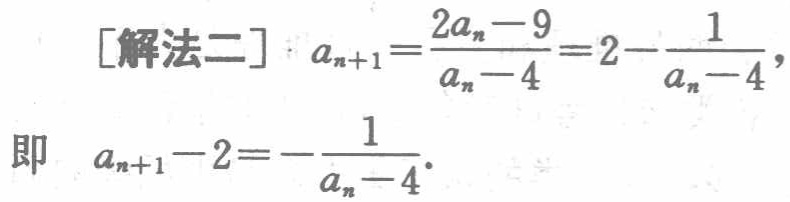
[解法二] \(a_{n + 1} = \frac{2a_n - 9}{a_n - 4} = 2 - \frac{1}{a_n - 4}\)，

即 \(a_{n + 1} - 2 = - \frac{1}{a_n - 4}\).